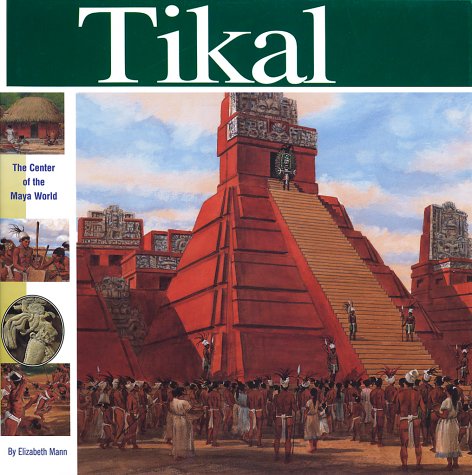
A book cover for Tikal: The Center of the Maya World (Wonders of the World Book); Elizabeth Mann; Children's Books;